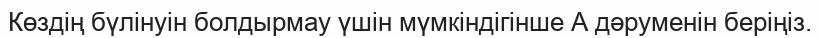
Көздің бүлінуін болдырмау үшін мүмкіндігінше А дәруменін беріңіз.